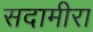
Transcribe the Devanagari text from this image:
सदामीरा